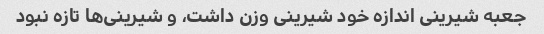
جعبه شیرینی اندازه خود شیرینی وزن داشت، و شیرینی‌ها تازه نبود